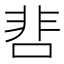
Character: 𩇬